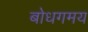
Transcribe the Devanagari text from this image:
बोधगमय